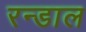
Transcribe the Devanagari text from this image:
रन्डाल